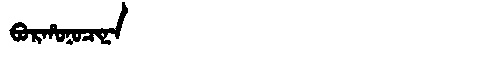
Manchu: ᠪᠣᡵᡥᠣᠨᠣᠴᡳᠨᠠ
Romanization: BORHONOCINA